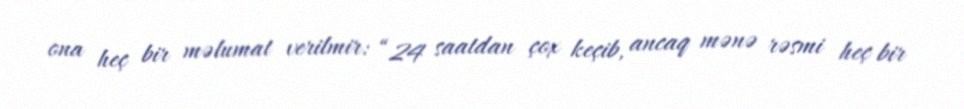
ona heç bir məlumat verilmir: “24 saatdan çox keçib, ancaq mənə rəsmi heç bir